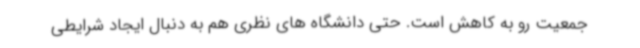
جمعیت رو به کاهش است. حتی دانشگاه های نظری هم به دنبال ایجاد شرایطی